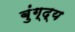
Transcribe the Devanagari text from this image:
बुंग्द्य